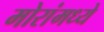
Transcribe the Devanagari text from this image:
मोरांमध्ये